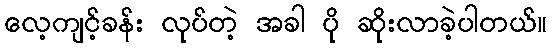
လေ့ကျင့်ခန်း လုပ်တဲ့ အခါ ပို ဆိုးလာခဲ့ပါတယ်။